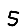
Digit: 5